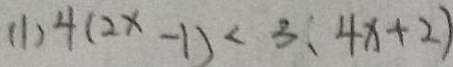
( 1 ) 4 ( 2 x - 1 ) < 3 ( 4 x + 2 )